Leprosy in India: report of the Leprosy Commission in India, 1890-91
Year: 1890
Disease focus: Leprosy
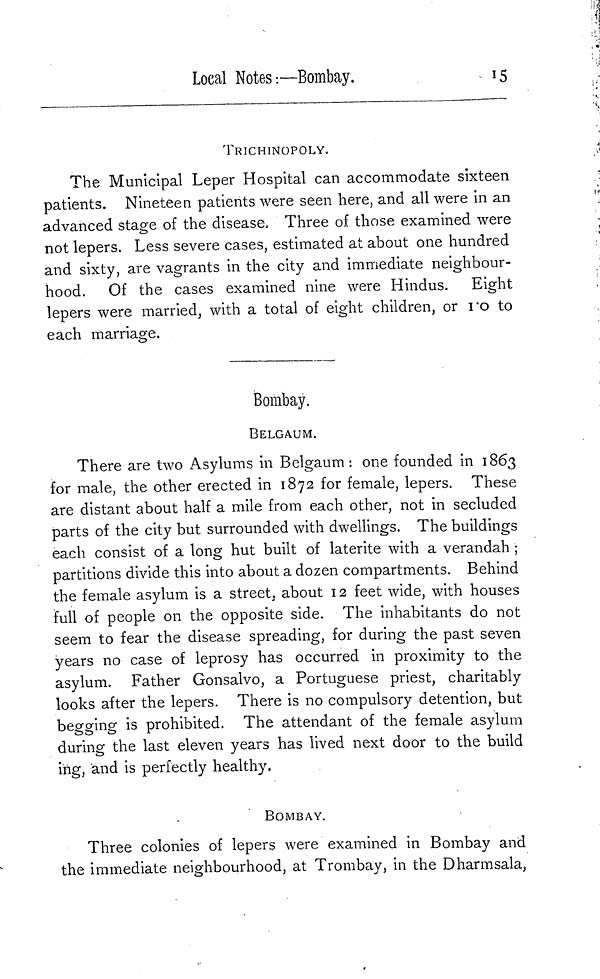
Local Notes-.—Bombay.
15
TRICHINOPOLY.
The Municipal Leper Hospital can accommodate sixteen
patients. Nineteen patients were seen here, and all were in an
advanced stage of the disease. Three of those examined were
not lepers. Less severe cases, estimated at about one hundred
and sixty, are vagrants in the city and immediate neighbour-
hood. Of the cases examined nine were Hindus. Eight
lepers were married, with a total of eight children, or ro to
each marriage.
Bombay.
BELGAUM.
There are two Asylums in Belgaum : one founded in 1863
for male, the other erected in 1872 for female, lepers. These
are distant about half a mile from each other, not in secluded
parts of the city but surrounded with dwellings. The buildings
each consist of a long hut built of latérite with a verandah ;
partitions divide this into about a dozen compartments. Behind
the female asylum is a street, about 12 feet wide, with houses
full of people on the opposite side. The inhabitants do not
seem to fear the disease spreading, for during the past seven
years no case of leprosy has occurred in proximity to the
asylum. Father Gonsalvo, a Portuguese priest, charitably
looks after the lepers. There is no compulsory detention, but
begging is prohibited. The attendant of the female asylum
during the last eleven years has lived next door to the build
ing, and is perfectly healthy.
BOMBAY.
Three colonies of lepers were examined in Bombay and
the immediate neighbourhood, at Trombay, in the Dharmsala,